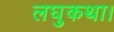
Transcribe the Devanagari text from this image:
लघुकथा।